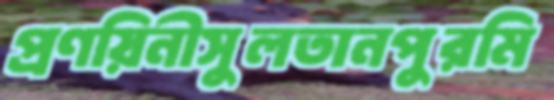
প্রণয়িনীসুলতানপুরমি